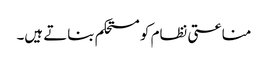
مناعتی نظام کو مستحکم بناتے ہیں۔